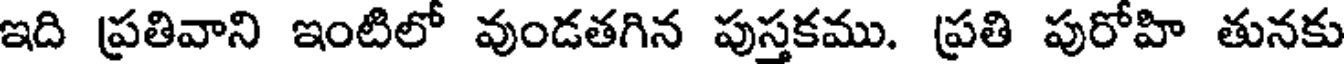
ఇది ప్రతివాని ఇంటిలో వుండతగిన పుస్తకము. ప్రతి పురోహి తునకు